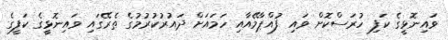
ވައިނޮޅީގެ ކަފި ހުރަސްކޮށް ވައި ފުއްޕާމޭއާއި ހަމައަށް ދައުރުކުރުމުގެ ތެރޭގައި ވައިނޮޅީގެ ކަފީގެ